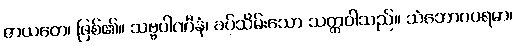
ဇာယတေ၊ ဖြစ်၏။ သဗ္ဗပါဏီနံ၊ ခပ်သိမ်းသော သတ္တဝါသည်။ သံဘောဂပရမာ၊